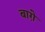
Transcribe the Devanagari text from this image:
बाग़े